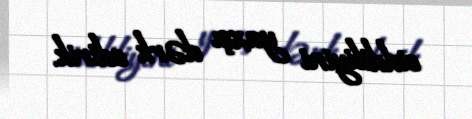
ciddiliyini yaxşı dərk edirik.